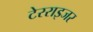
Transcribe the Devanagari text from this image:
टेरराइजर